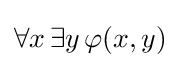
\forall x\,\exists y\,\varphi (x,y)